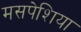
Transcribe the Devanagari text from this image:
मसपेशिया